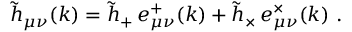
\tilde { h } _ { \mu \nu } ( k ) = \tilde { h } _ { + } \, e _ { \mu \nu } ^ { + } ( k ) + \tilde { h } _ { \times } \, e _ { \mu \nu } ^ { \times } ( k ) \ .